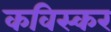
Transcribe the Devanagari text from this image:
कविस्कर